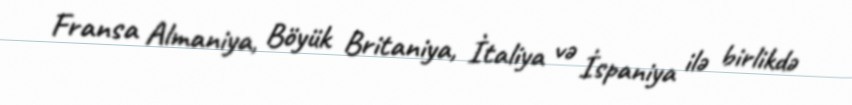
Fransa Almaniya, Böyük Britaniya, İtaliya və İspaniya ilə birlikdə